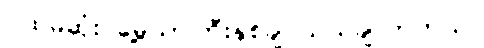
ပထမဆုံး မွေ့ယာကြီးနှစ်ချပ်သယ်ချလာတယ်။